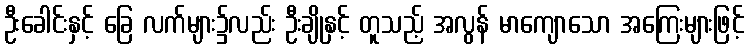
ဦးခေါင်းနှင့် ခြေ လက်များ၌လည်း ဦးချိုနှင့် တူသည့် အလွန် မာကျောသော အကြေးများဖြင့်